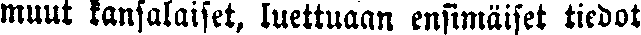
muut kansalaiset, luettuaan ensimäiset tiedot